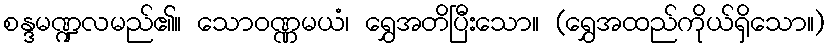
စန္ဒမဏ္ဍလမည်၏။ သောဝဏ္ဏမယံ၊ ရွှေအတိပြီးသော။ (ရွှေအထည်ကိုယ်ရှိသော။)